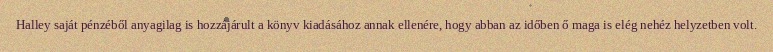
Halley saját pénzéből anyagilag is hozzájárult a könyv kiadásához annak ellenére, hogy abban az időben ő maga is elég nehéz helyzetben volt.